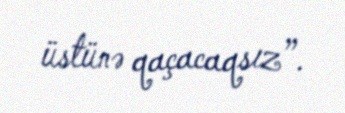
üstünə qaçacaqsız”.